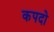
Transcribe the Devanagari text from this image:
कपदो